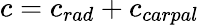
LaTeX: c=c_{rad}+c_{carpal}